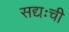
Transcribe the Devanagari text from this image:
सद्यःची